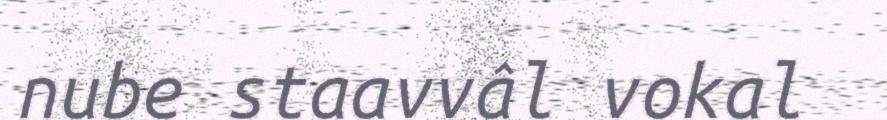
nube staavvâl vokal